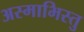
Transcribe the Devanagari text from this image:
अस्माभिस्तु